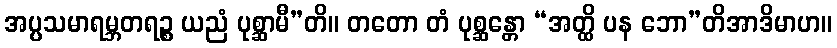
အပ္ပသမာရမ္ဘတရဉ္စ ယညံ ပုစ္ဆာမီ”တိ။ တတော တံ ပုစ္ဆန္တော “အတ္ထိ ပန ဘော”တိအာဒိမာဟ။